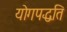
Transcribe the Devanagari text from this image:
योगपद्धति